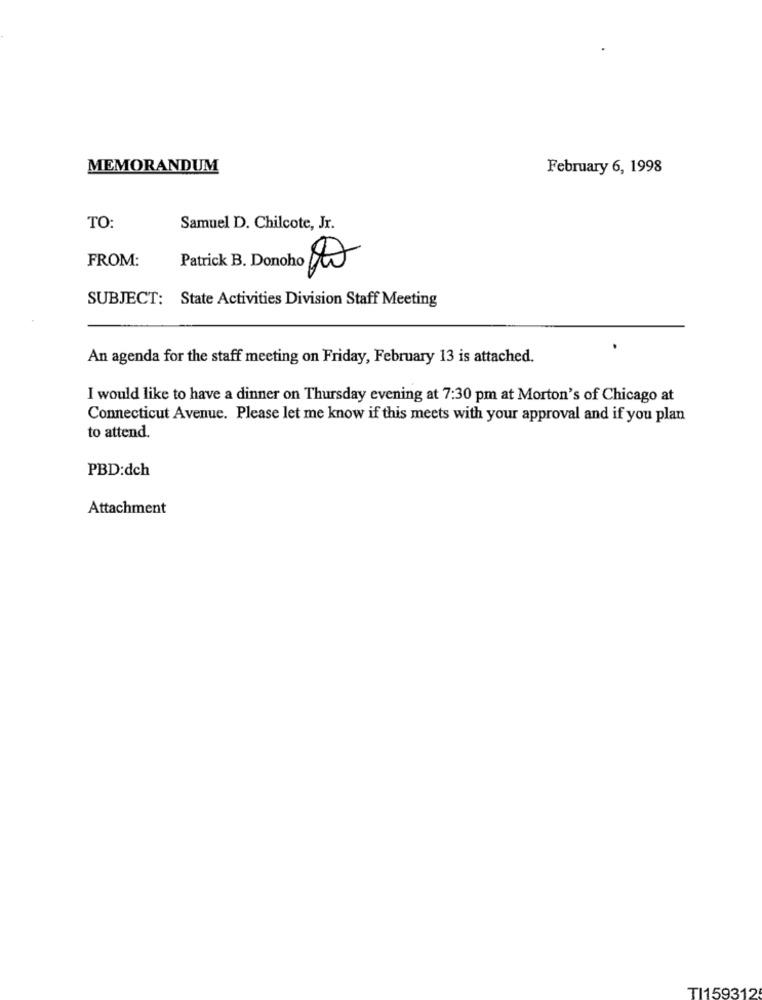
MEMORANDUM
February 6, 1998
TO:
Samuel D. Chilcote, Jr.
FROM:
Patrick B. Donoho 82
SUBJECT: State Activities Division Staff Meeting
An agenda for the staff meeting on Friday, February 13 is attached.
I would like to have a dinner on Thursday evening at 7:30 pm at Morton's of Chicago at
Connecticut Avenue. Please let me know if this meets with your approval and if you plan
to attend.
PBD:dch
Attachment
TI1593125